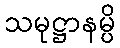
သမုဋ္ဌာနမ္ပိ